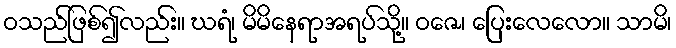
ဝသည်ဖြစ်၍လည်း။ ဃရံ၊ မိမိနေရာအရပ်သို့။ ဝဇေ၊ ပြေးလေလော။ သာမိ၊